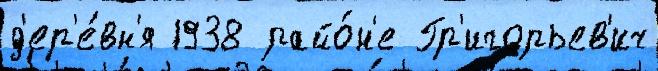
д'ер'е́вн'я 1938 райо́н'е Гр'игорьев'ич